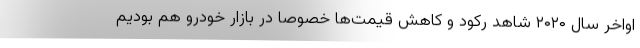
اواخر سال ۲۰۲۰ شاهد رکود و کاهش قیمت‌ها خصوصا در بازار خودرو هم بودیم